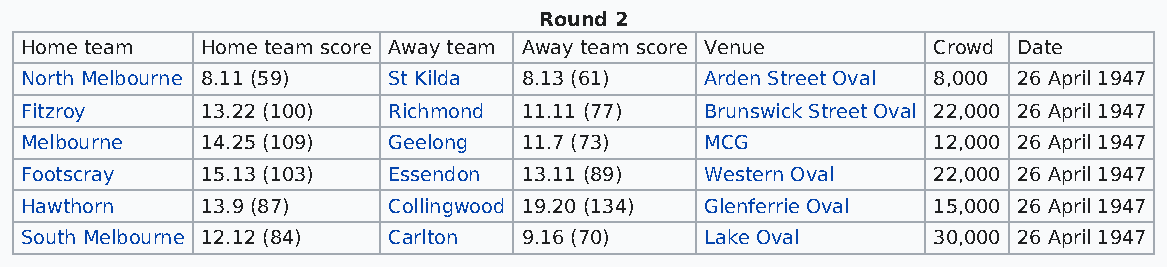
Round 2
 Home team   Home team score Away team Away team score Venue  Crowd Date
 North Melbourne 8.11 (59) St Kilda 8.13 (61)  Arden Street Oval 8,000 26 April 1947
 Fitzroy     13.22 (100)  Richmond 11.11 (77)  Brunswick Street Oval 22,000 26 April 1947
 Melbourne   14.25 (109)  Geelong  11.7 (73)   MCG            12,000 26 April 1947
 Footscray   15.13 (103)  Essendon 13.11 (89)  Western Oval   22,000 26 April 1947
 Hawthorn    13.9 (87)    Collingwood 19.20 (134) Glenferrie Oval 15,000 26 April 1947
 South Melbourne 12.12 (84) Carlton 9.16 (70)  Lake Oval      30,000 26 April 1947